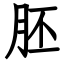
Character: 胚